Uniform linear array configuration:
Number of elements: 8
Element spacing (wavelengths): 0.25
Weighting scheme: cosine
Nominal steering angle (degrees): -15
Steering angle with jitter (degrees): -15.161
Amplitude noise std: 0.05
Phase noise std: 0.05

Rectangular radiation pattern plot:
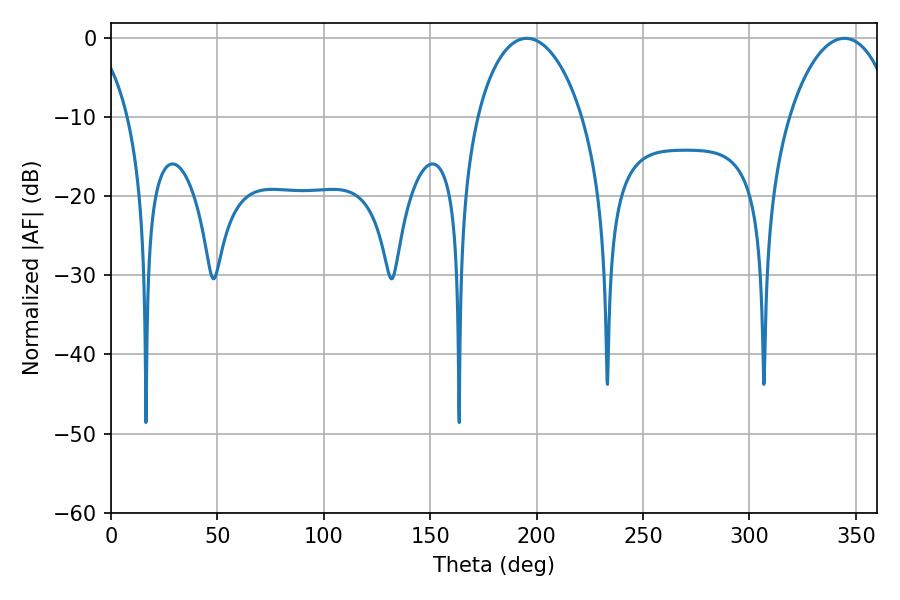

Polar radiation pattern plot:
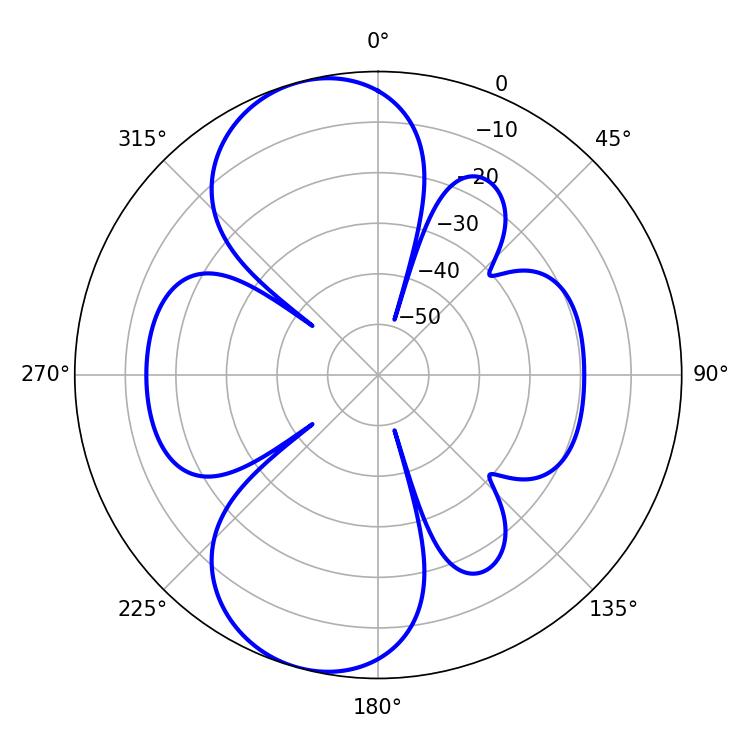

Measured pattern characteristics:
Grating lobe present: FALSE
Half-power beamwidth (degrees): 28.08
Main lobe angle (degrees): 195.3